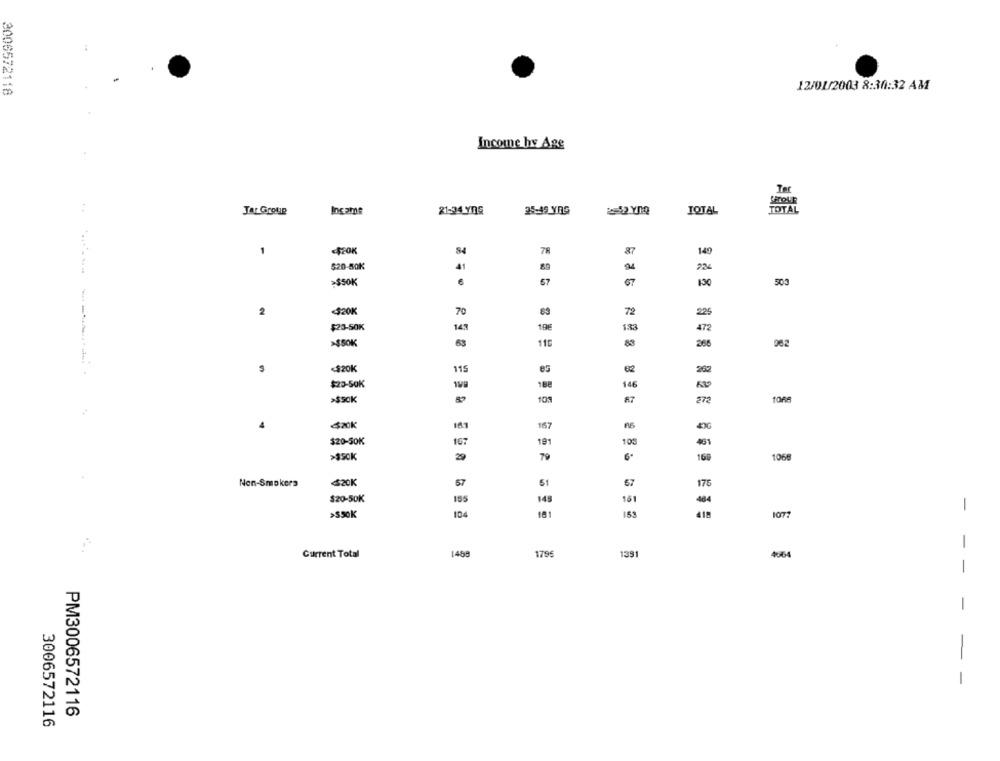
:
3006572118
12/01/2003 8:30:32 AM
Income hv Age
Ter
SECOUR
JAL GROUP
Income
21-34 YnS
25-49 YRS
TOTAL
TOTAL
1
84
149
$20-50K
41
89
94
>$50K
6
67
67
130
500
2
<$20K
70
72
225
$23-50K
145
19€
133
472
115
366
962
-$20k
115
202
$20-50K
188
146
*** K
101
872
1066
4
4KK
141
167
A6
$20-50K
191
10
461
>350K
29
79
1068
-
57
Non-Smokers
<$20K
51
57
175
$20-50K
185
145
161
484
1
>550K
104
181
153
418
1077
-
Current Total
1488
1795
1391
4064
-
-
-
-
PM3006572116
3006572116